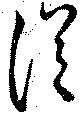
従